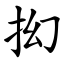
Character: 抝